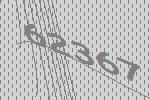
62367